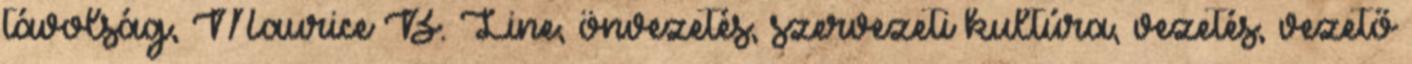
távolság, Maurice B. Line, önvezetés, szervezeti kultúra, vezetés, vezető